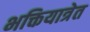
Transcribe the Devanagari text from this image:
भक्तियात्रेत